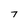
Character: 7